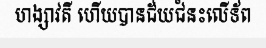
ហង្សាវតី ហើយបានជ័យជំនះលើទ័ព